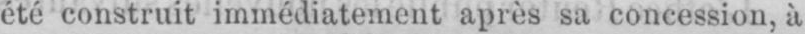
été construit immédiatement après sa concession, à